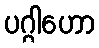
ပဂ္ဂါဟော